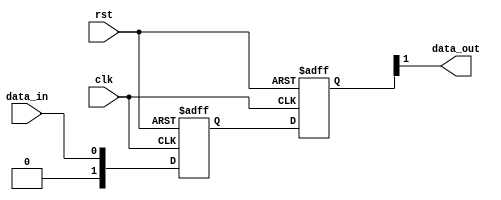
module cascade_synchronizer (
    input wire clk,
    input wire rst,
    input wire data_in,
    output reg data_out
);

reg [1:0] flip_flop1, flip_flop2; // Two flip-flop stages in the cascade synchronizer

always @(posedge clk or negedge rst) begin
    if (!rst) begin
        flip_flop1 <= 2'b0;
        flip_flop2 <= 2'b0;
    end else begin
        flip_flop1 <= data_in;
        flip_flop2 <= flip_flop1;
    end
end

assign data_out = flip_flop2[1];

endmodule